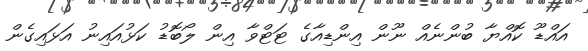
އައްޑޫ ކޮއްޔާ ބުންނެއް ނޫން އިންޑިއާގެ ޓަޓްވާ އިން ލޯބޮޑު ކަޅުއައިނު އަޅައިގެން